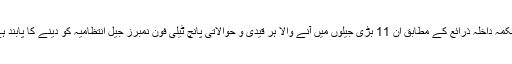
محکمہ داخلہ ذرائع کے مطابق ان 11 بڑی جیلوں میں آنے والا ہر قیدی و حوالاتی پانچ ٹیلی فون نمبرز جیل انتظامیہ کو دینے کا پابند ہے۔